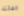
الفائتة